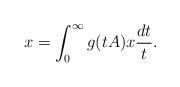
LaTeX: \begin{align*}x = \int_0^\infty g(tA)x \frac{dt}{t}.\end{align*}